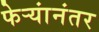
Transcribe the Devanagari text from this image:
फेर्‍यांनंतर